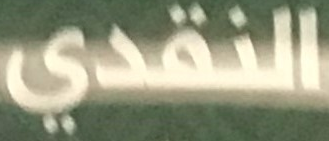
النقدي